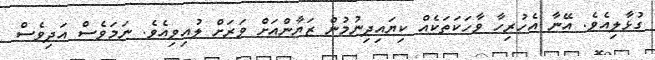
ގުޅާލިއެވެ. އޭނާ އެހުރިހާ ވާހަކަތަކެއް ކިޔައިދިނުމުން ޒަޔާންއަށް ވަރަށް ލުއިވިއެވެ. ނަމަވެސް އަދިވެސް